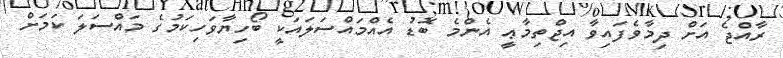
ރާއްޖެ އަށް ދިމާވެފައިވާ އިޖްތިމާޢީ އެންމެ ބޮޑު އެއްމައްސަލައަކީ ބޯހިޔާވަހިކަމުގެ މައްސަލަ ކަމަށް